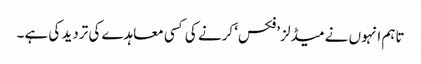
تاہم انہوں نے میڈلز ’فکس‘ کرنے کی کسی معاہدے کی تردید کی ہے۔